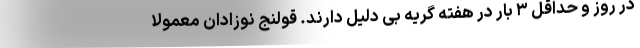
در روز و حداقل ۳ بار در هفته گریه بی دلیل دارند. قولنج نوزادان معمولا